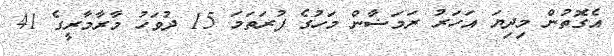
އެގޮތުން މިދިޔަ އަހަރު ރަމަޟާން މަހުގެ ފުރަތަމަ 15 ދުވަހު މާރާމާރީގެ 41